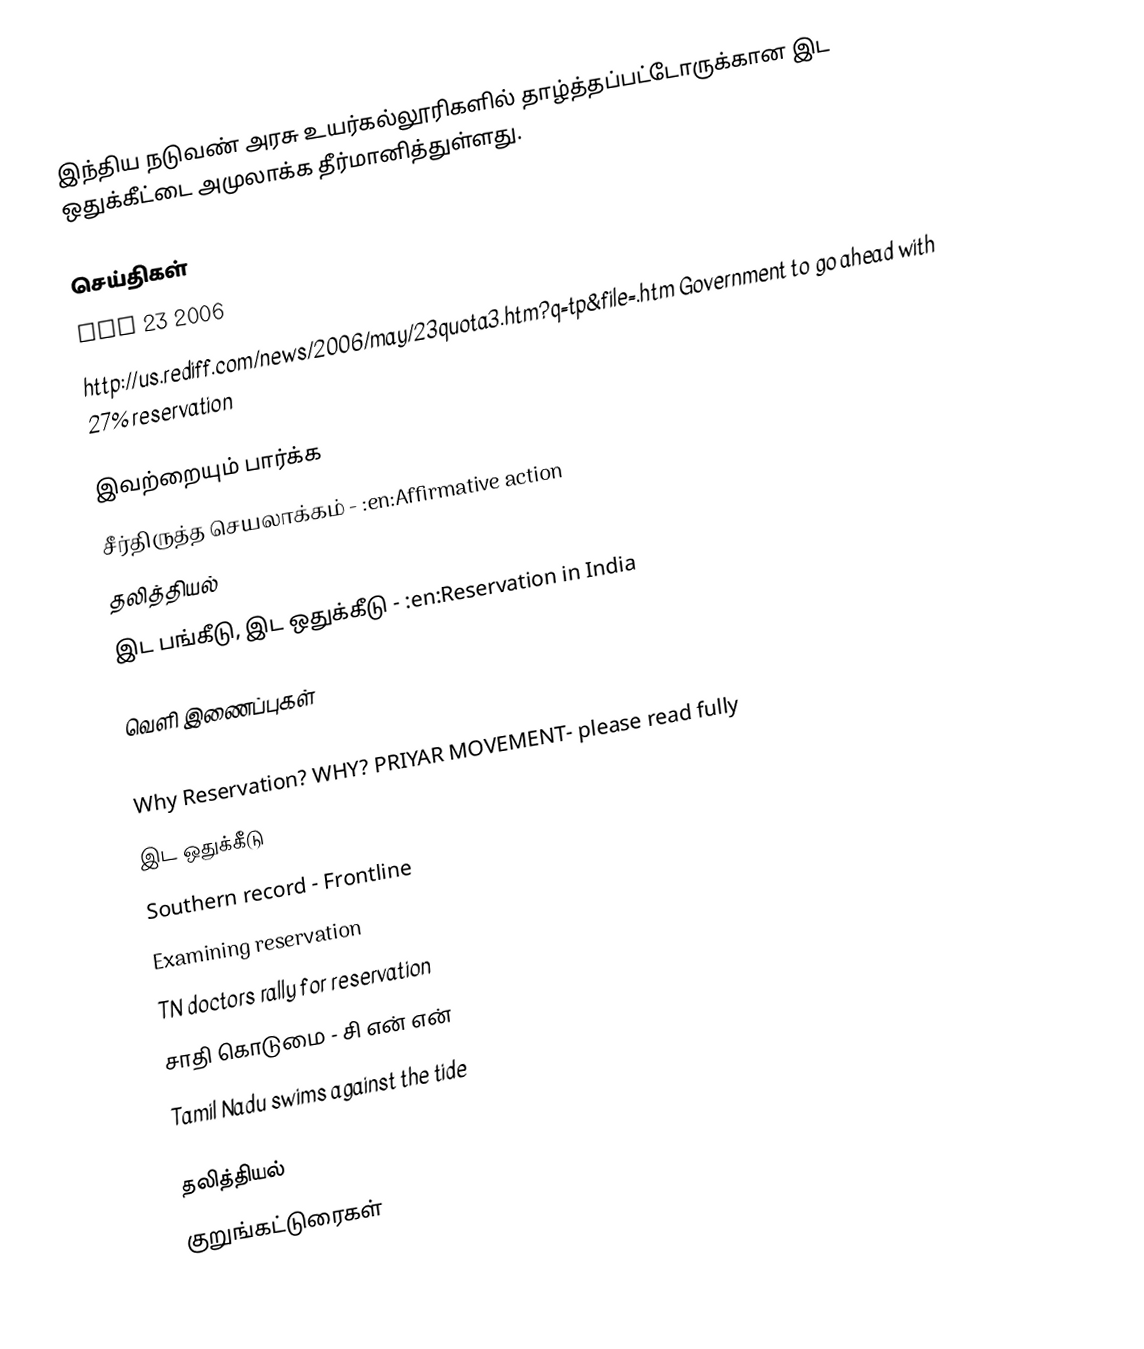
இந்திய நடுவண் அரசு உயர்கல்லூரிகளில் தாழ்த்தப்பட்டோருக்கான இட ஒதுக்கீட்டை அமுலாக்க தீர்மானித்துள்ளது.

செய்திகள்
May 23 2006
 http://us.rediff.com/news/2006/may/23quota3.htm?q=tp&file=.htm Government to go ahead with 27% reservation

இவற்றையும் பார்க்க
 சீர்திருத்த செயலாக்கம் - :en:Affirmative action
 தலித்தியல்
 இட பங்கீடு, இட ஒதுக்கீடு - :en:Reservation in India

வெளி இணைப்புகள்
 SELF RESPECT MOVEMENT
 Why Reservation? WHY? PRIYAR MOVEMENT- please read fully
 இட ஒதுக்கீடு
 Southern record - Frontline
 Examining reservation
 TN doctors rally for reservation
 சாதி கொடுமை - சி என் என்
 Tamil Nadu swims against the tide

தலித்தியல்
குறுங்கட்டுரைகள்